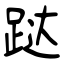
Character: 跶